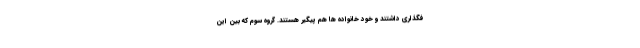
فگذاری داشتند و خود خانواده ها هم پیگیر هستند. گروه سوم که بین این